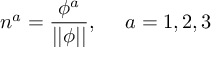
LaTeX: n ^ { a } = \frac { \phi ^ { a } } { | | \phi | | } , \quad \ a = 1 , 2 , 3